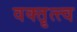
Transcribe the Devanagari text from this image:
वक्तॄत्त्व